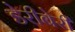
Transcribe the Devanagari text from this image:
डेरीबेरी